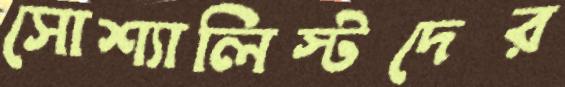
সোশ্যালিস্টদের